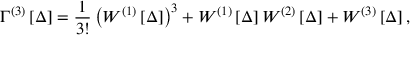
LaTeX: \Gamma ^ { \left( 3 \right) } \left[ \Delta \right] = \frac { 1 } { 3 ! } \left( W ^ { \left( 1 \right) } \left[ \Delta \right] \right) ^ { 3 } + W ^ { \left( 1 \right) } \left[ \Delta \right] W ^ { \left( 2 \right) } \left[ \Delta \right] + W ^ { \left( 3 \right) } \left[ \Delta \right] ,